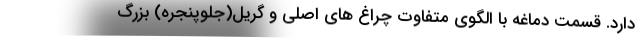
دارد. قسمت دماغه با الگوی متفاوت چراغ های اصلی و گریل(جلوپنجره) بزرگ